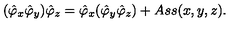
( \hat { \varphi } _ { x } \hat { \varphi } _ { y } ) \hat { \varphi } _ { z } = \hat { \varphi } _ { x } ( \hat { \varphi } _ { y } \hat { \varphi } _ { z } ) + A s s ( x , y , z ) .